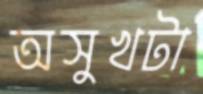
অসুখটা